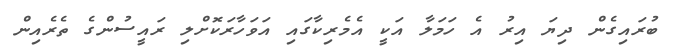
ބުރައިގެން ދިޔަ އިރު އެ ހަމަލާ އަކީ އެމެރިކާގައި އަވަހާރަކޮށްލި ރައީސުންގެ ތެރެއިން